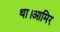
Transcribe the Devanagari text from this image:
था।आमिर